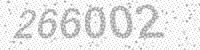
Solution: 266002